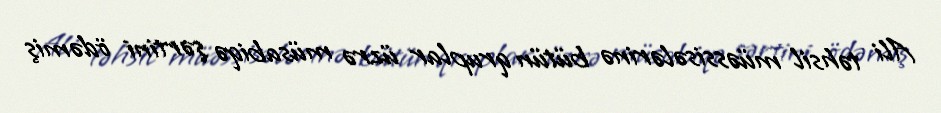
Ali təhsil müəssisələrinə bütün qruplar üzrə müsabiqə şərtini ödəmiş